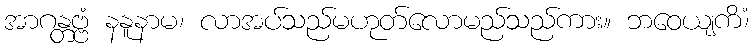
အာဂန္တဗ္ဗံ နနူနာမ၊ လာအပ်သည်မဟုတ်လောမည်သည်ကား။ ဘဝေယျကိံ၊